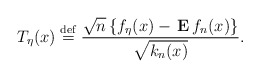
\begin{align*}T_{\eta }(x)\stackrel{\rm def}{=}\frac{\sqrt{n}\left\{ f_{\eta }(x)-{\bf \,E\,}f_{n}(x)\right\} }{\sqrt{k_{n}(x)}}. \end{align*}